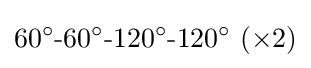
60^{\circ }{\text{-}}60^{\circ }{\text{-}}120^{\circ }{\text{-}}120^{\circ }~(\times 2)